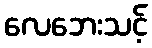
လေဘေးသင့်